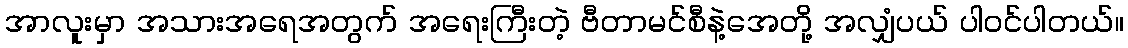
အာလူးမှာ အသားအရေအတွက် အရေးကြီးတဲ့ ဗီတာမင်စီနဲ့အေတို့ အလျှံပယ် ပါဝင်ပါတယ်။